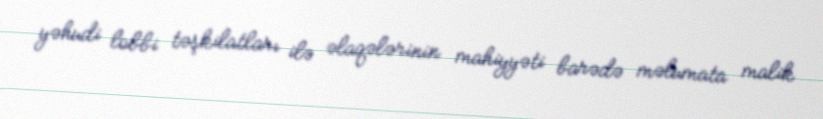
yəhudi lobbi təşkilatları ilə əlaqələrinin mahiyyəti barədə məlumata malik